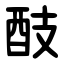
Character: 䣫